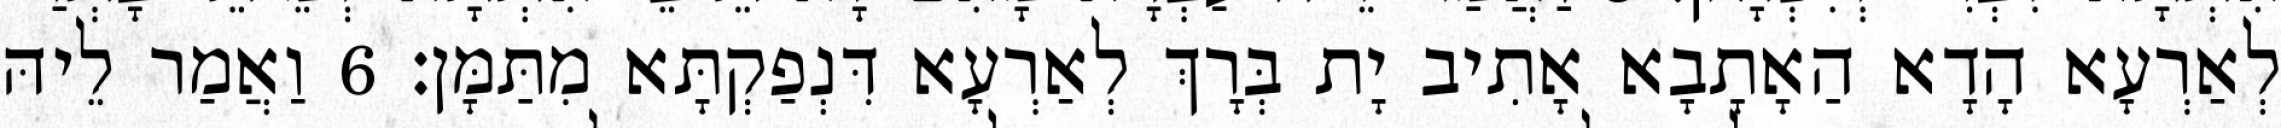
לְאַרְעָא הָדָא הַאָתָבָא אָתִיב יָת בְּרָךְ לְאַרְעָא דִּנְפַקְתָּא מִתַּמָּן׃ 6 וַאֲמַר לֵיהּ